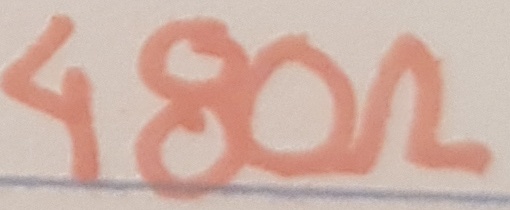
Text: 480Ω